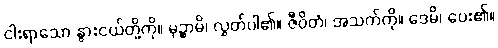
ငါးရာသော နွားငယ်တို့ကို။ မုဉ္စာမိ၊ လွှတ်ပါ၏။ ဇီဝိတံ၊ အသက်ကို။ ဒေမိ၊ ပေး၏။